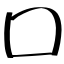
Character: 囗